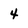
Character: 4